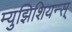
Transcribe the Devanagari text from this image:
म्युझिशियन्स्